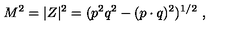
M ^ { 2 } = | Z | ^ { 2 } = ( p ^ { 2 } q ^ { 2 } - ( p \cdot q ) ^ { 2 } ) ^ { 1 / 2 } \ ,